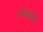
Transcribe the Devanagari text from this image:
बोमैनविल